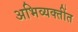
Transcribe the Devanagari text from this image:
अभिव्यक्तींत